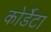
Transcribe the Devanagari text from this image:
कोर्डेटा